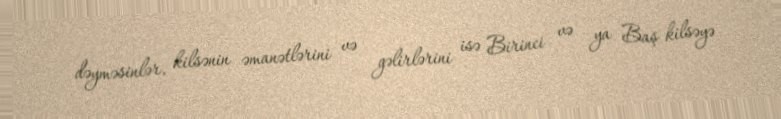
dəyməsinlər, kilsənin əmanətlərini və gəlirlərini isə Birinci və ya Baş kilsəyə